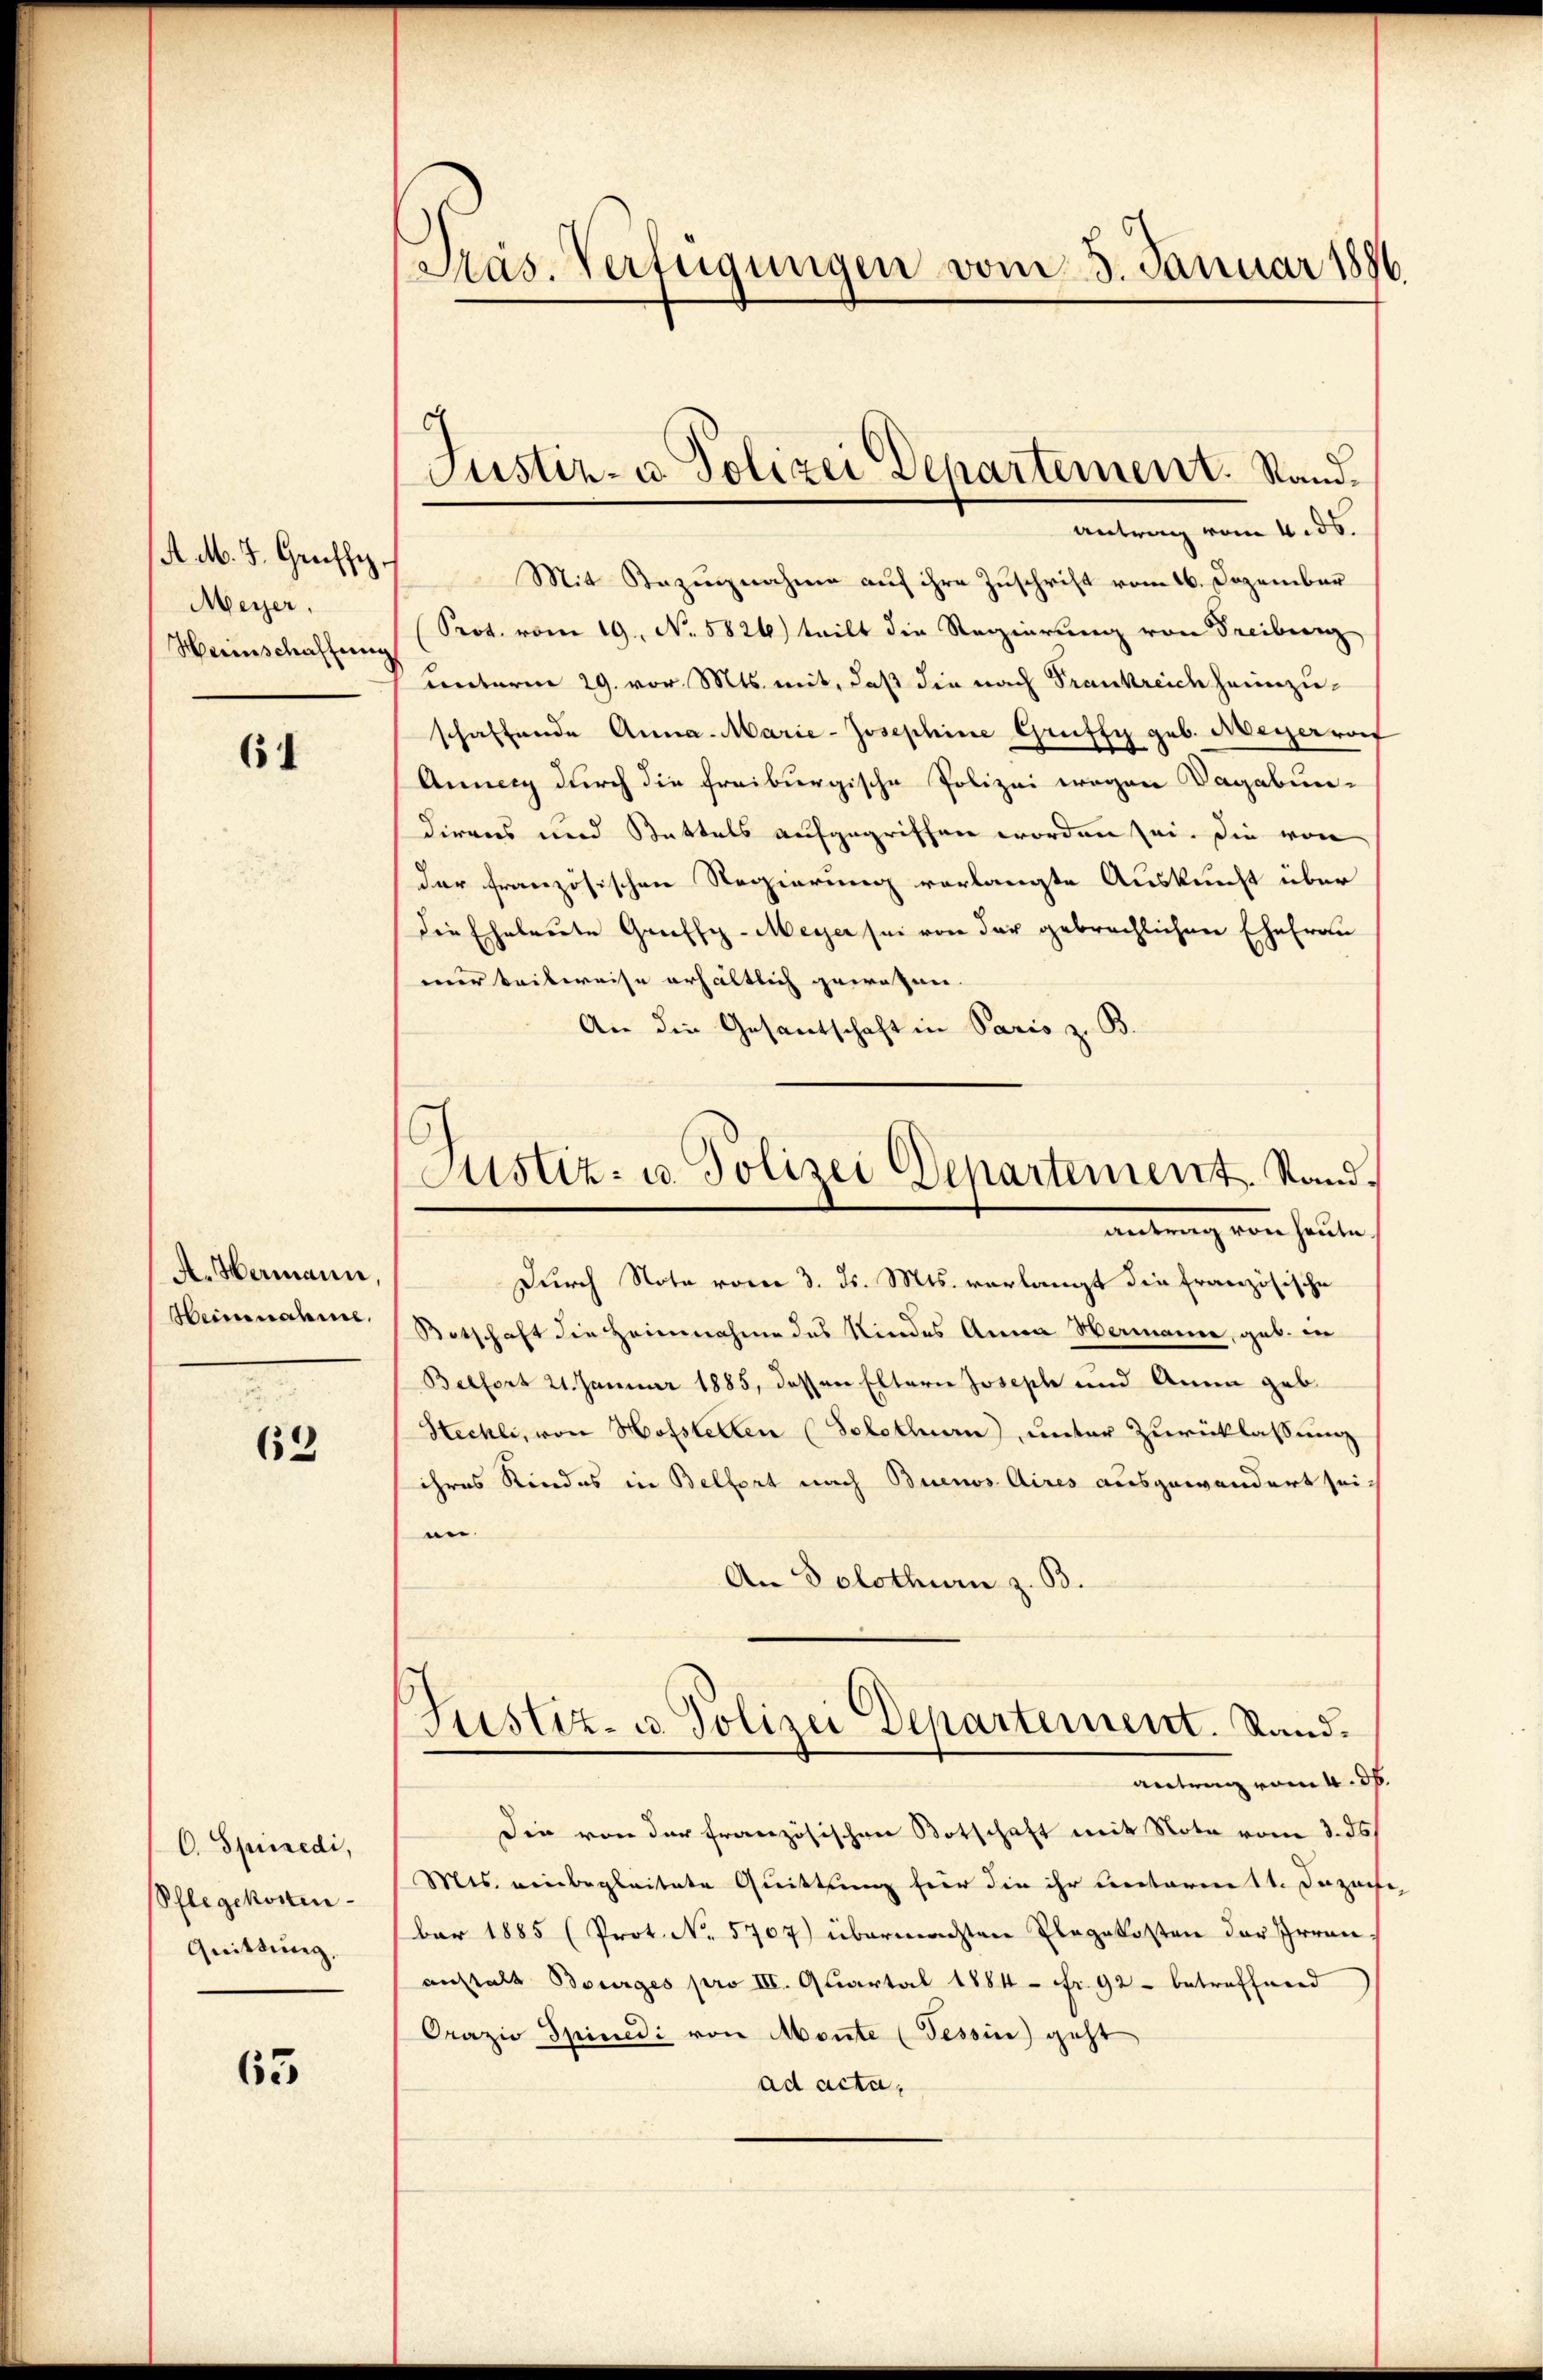
A. M. J. Greiffe
Meyer,
Herinschaffung

61

A. Hermann,
Heinnahme,

62

C. Spinredi,
Pflegekosten
Quittung.

65

Präs. Verfügungen vom 5. Januar 1886

c
Justiz- u. Polizei Departement. Sand¬
Antrag vom 4. ds.

Mit Bezugnahme auf ihre Zuschrift vom 16. Dezember
Prot. vom 19. No. 5826) teilt die Regierung von Freiburg
unterm 29. vor. Mts. mit, daß die nach Trankreich heimzuschaffende Anna Marie-Josephine Grüffy geb. Meyervor
Anna durch die freiburgische Polizei wegen Vagabun-
direns und Stattels aufgegriffen worden sei. Die von
der französischen Regierung vorlangte Auskunft über
Die Eheleute Graffy-Meyer sei von der gebrachlichen Ehefrau
mier beilweise erhältlich gewohnen.
An die Gesandschaft in Paris z. B.
Durch Note vom 3. ds. Mts. vorlangt die Französische
Botschaft die Heimnahme des Kindes Anna Hermanne, geb. in
Belfort 21. Januar 1885, dessen Eltern Joseph und Anna geb.
Stechli, von Hofstellen (Solothurn), unter Zurücklassung
ihres Kindes in Belfort nach Buenos Aires ausgewandert sei-
n.
An Solothurn z. B.
Justiz- u. Polizei Departement. Sandantrag vom 4. d.
Die von der französischen Botschaft mit Note vom 3. ds.
Mts. einbegleitete Quittung für die ihr Rectorenett. Dazuch
bar 1885 (Prot. No. 5707) übermachten Plagekosten der Herau
anstalt Bourges pro III. Quartal 1884 Fr. 92 betreffenend
Orazio Spinedi von Monte (Tessin geht
ad acta,

Justiz- u. Polizei Departement. Stand,
 von heute,